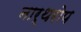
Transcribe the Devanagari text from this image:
नार्थरोप